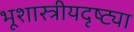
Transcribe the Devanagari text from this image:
भूशास्त्रीयदृष्ट्या